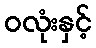
ဝလုံးနှင့်